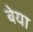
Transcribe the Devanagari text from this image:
बेया